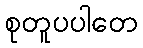
စုတူပပါတေ